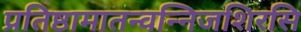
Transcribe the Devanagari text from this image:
प्रतिष्ठामातन्वन्निजशिरसि